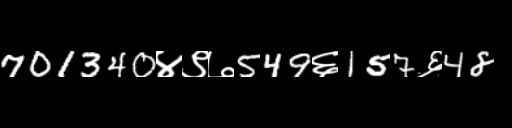
Text: 701340४९७549६157६48